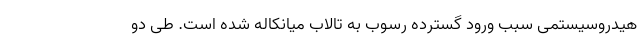
هیدروسیستمی سبب ورود گسترده رسوب به تالاب میانکاله شده است. طی دو